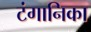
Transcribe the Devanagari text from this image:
टंगानिका